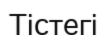
Тістегі